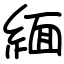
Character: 緬